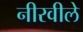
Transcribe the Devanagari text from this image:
नीरवीले